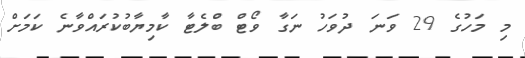
މި މަހުގެ 29 ވަނަ ދުވަހު ނަގާ ވޯޓް ބްލެޓާ ކާމިޔާބުކުރައްވާނެ ކަމަށް